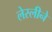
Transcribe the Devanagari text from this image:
लेस्‍लीने